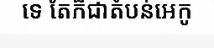
ទេ តែក៏ជាតំបន់អេកូ